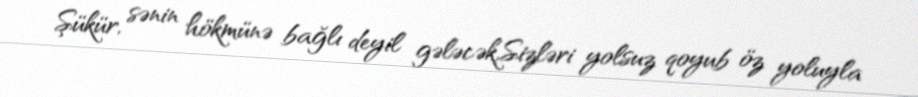
Şükür, sənin hökmünə bağlı deyil gələcək,Sizləri yolsuz qoyub öz yoluyla